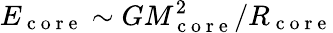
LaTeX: E_{\mathrm{~c~o~r~e~}}\sim GM_{\mathrm{~c~o~r~e~}}^{2}/R_{\mathrm{~c~o~r~e~}}